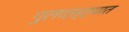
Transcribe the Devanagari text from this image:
गुलदस्त्यात